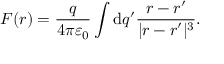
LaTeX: { \boldsymbol { F } } ( { \boldsymbol { r } } ) = { \frac { q } { 4 \pi \varepsilon _ { 0 } } } \int \mathrm { d } q ^ { \prime } { \frac { { \boldsymbol { r } } - { \boldsymbol { r ^ { \prime } } } } { | { \boldsymbol { r } } - { \boldsymbol { r ^ { \prime } } } | ^ { 3 } } } .